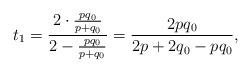
LaTeX: \begin{align*} t_1=\frac{2\cdot \frac{pq_0}{p+q_0} }{2- \frac{pq_0}{p+q_0} }=\frac{2pq_0}{2p+2q_0-pq_0}, \end{align*}